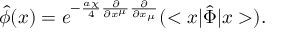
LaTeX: \hat { \phi } ( x ) = e ^ { - \frac { a { \chi } } { 4 } { \frac { \partial } { { \partial } x ^ { \mu } } } { \frac { \partial } { { \partial } x _ { \mu } } } } ( < x | { \hat { \Phi } } | x > ) .